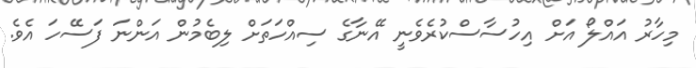
މިހާރު އައްލޯ އަށް އިހުސާސްކުރެވެނީ އޭނާގެ ސިއްހަތަށް ލިބެމުން އަންނަ ފަސޭހަ އެވެ.